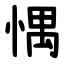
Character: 㥥